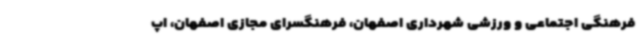
فرهنگی اجتماعی و ورزشی شهرداری اصفهان، فرهنگسرای مجازی اصفهان، اپ